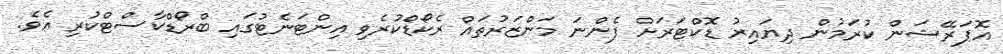
އޮޕަރޭޝަން ކުރަމުން ދިޔައިރު ޑޮކްޓަރަށް ފެންނަ މަންޒަރުތައް ރެކޯޑްކުރެވި އިންޓަނެޓުގައި ބްރޯޑްކާސްޓްކުރި އެވެ.